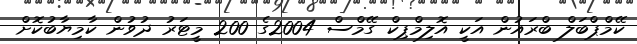
ކޭމްޕްބަލް ބްރައުން އަކީ އޮލިމްޕިކް ގޭމްސް 2004ގެ 200 މީޓަރު ދުވުން ކާމިޔާބުކޮށް